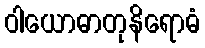
ဝါယောဓာတုနိရောဓံ